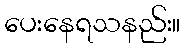
ပေးနေရသနည်း။